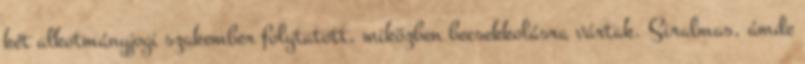
két alkotmányjogi szakember folytatott, miközben becsekkolásra vártak. Siralmas, ámde